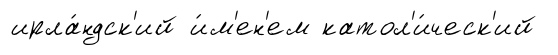
ирла́ндск'ий и́м'ен'ем катол'и́ческ'ий